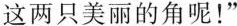
这两只美丽的角呢！”